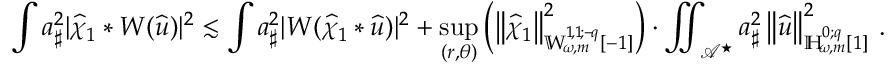
\int a _ { \sharp } ^ { 2 } | \widehat { \chi } _ { 1 } * W ( { \widehat { u } } ) | ^ { 2 } \lesssim \int a _ { \sharp } ^ { 2 } | W ( \widehat { \chi } _ { 1 } * { \widehat { u } } ) | ^ { 2 } + \operatorname* { s u p } _ { ( r , \theta ) } \left( \left\lVert \widehat { \chi } _ { 1 } \right\rVert _ { { \mathbb { W } _ { \! \omega \! , m } ^ { 1 \! , 1 \! ; { - \! q } } } [ - 1 ] } ^ { 2 } \right) \cdot \iint _ { \mathcal { A } ^ { \star } } a _ { \sharp } ^ { 2 } \left\lVert { \widehat { u } } \right\rVert _ { { \mathbb { H } _ { \! \omega \! , m } ^ { 0 ; { q } } } [ 1 ] } ^ { 2 } \, .